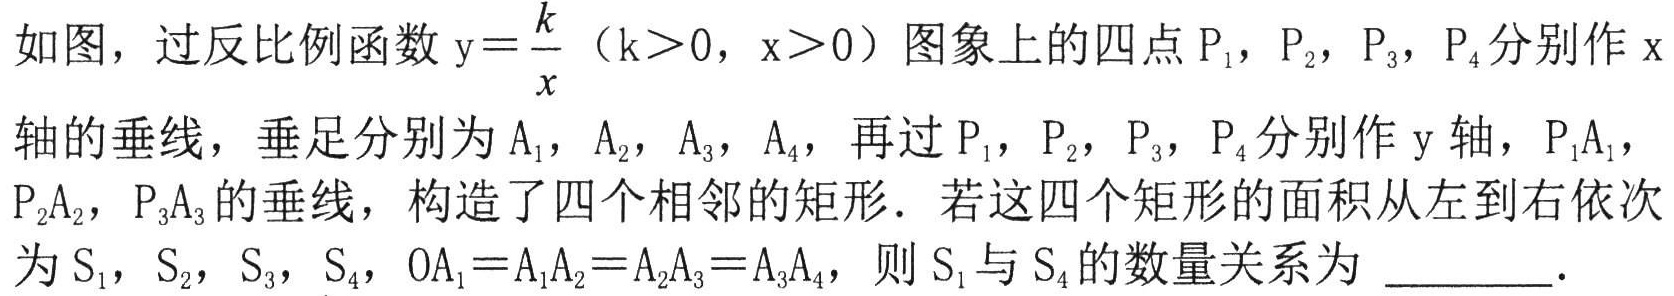
如图，过反比例函数\(y = \frac{k}{x}\)（\(k>0\)，\(x>0\)）图象上的四点\(P_{1}\)，\(P_{2}\)，\(P_{3}\)，\(P_{4}\)分别作\(x\)轴的垂线，垂足分别为\(A_{1}\)，\(A_{2}\)，\(A_{3}\)，\(A_{4}\)，再过\(P_{1}\)，\(P_{2}\)，\(P_{3}\)，\(P_{4}\)分别作\(y\)轴，\(P_{1}A_{1}\)，\(P_{2}A_{2}\)，\(P_{3}A_{3}\)的垂线，构造了四个相邻的矩形．若这四个矩形的面积从左到右依次为\(S_{1}\)，\(S_{2}\)，\(S_{3}\)，\(S_{4}\)，\(OA_{1}=A_{1}A_{2}=A_{2}A_{3}=A_{3}A_{4}\)，则\(S_{1}\)与\(S_{4}\)的数量关系为 \_\_\_\_\_ ．